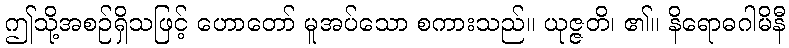
ဤသို့အစဉ်ရှိသဖြင့် ဟောတော် မူအပ်သော စကားသည်။ ယုဇ္ဇတိ၊ ၏။ နိရောဓဂါမိနီ